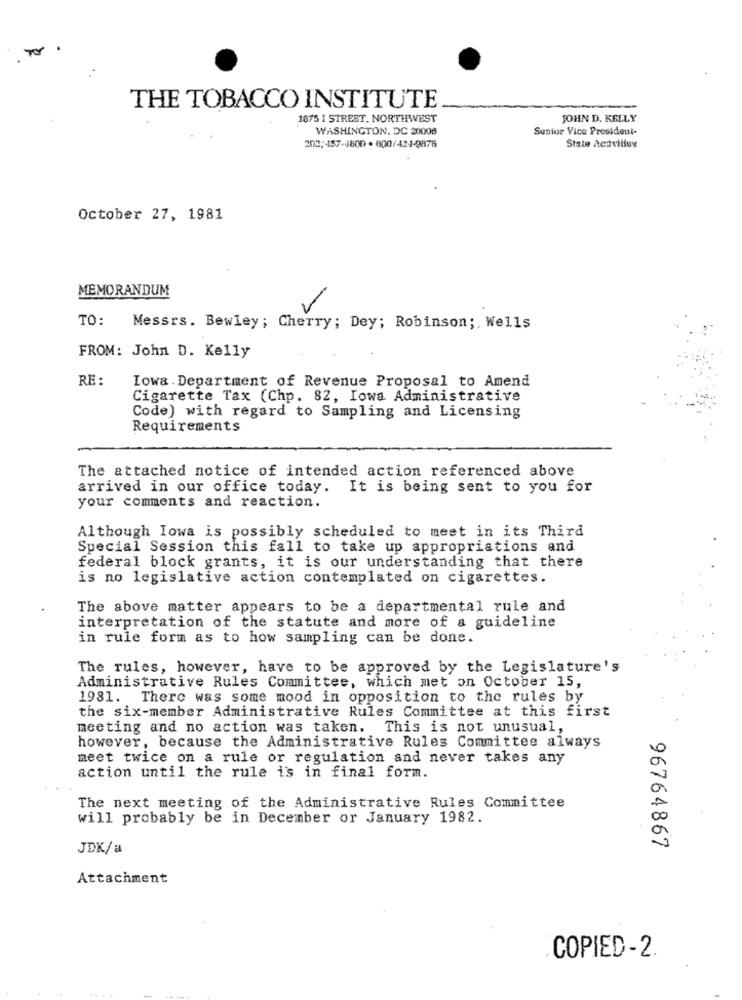
THE TOBACCO INSTITUTE
1875 I STREET, NORTHWEST
JOHN D. KELLY
WASHINGTON, DC 20008
Sunior Vice President-
202/457-1800 - 800/424-9876
State Acavities
October 27, 1981
MEMORANDUM
TO: Messrs. Bewley; Cherry; Dey; Robinson ;, Wells
FROM: John D. Kelly
RE :
Iowa . Department of Revenue Proposal to Amend
Cigarette Tax (Chp. 82, Iowa Administrative
Code) with regard to Sampling and Licensing
Requirements
The attached notice of intended action referenced above
arrived in our office today. It is being sent to you for
your comments and reaction.
Although Iowa is possibly scheduled to meet in its Third
Special Session this fall to take up appropriations and
federal block grants, it is our understanding that there
is no legislative action contemplated on cigarettes.
The above matter appears to be a departmental rule and
interpretation of the statute and more of a guideline
in rule form as to how sampling can be done.
The rules, however, have to be approved by the Legislature's
Administrative Rules Committee, which met on October 15,
1981. There was some mood in opposition to the rules by
the six-member Administrative Rules Committee at this first
meeting and no action was taken. This is not unusual,
however, because the Administrative Rules Committee always
meet twice on a rule or regulation and never takes any
action until the rule is in final form.
The next meeting of the Administrative Rules Committee
will probably be in December or January 1982.
JDK/a
96764867
Attachment
COPIED-2.